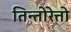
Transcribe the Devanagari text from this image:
तिन्तोरेत्तो